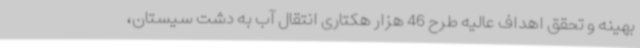
بهینه و تحقق اهداف عالیه طرح 46 هزار هکتاری انتقال آب به دشت سیستان،